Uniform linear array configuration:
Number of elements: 16
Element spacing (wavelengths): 0.5
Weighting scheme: uniform
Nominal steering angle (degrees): -45
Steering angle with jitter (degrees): -45.654
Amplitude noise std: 0.05
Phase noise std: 0.05

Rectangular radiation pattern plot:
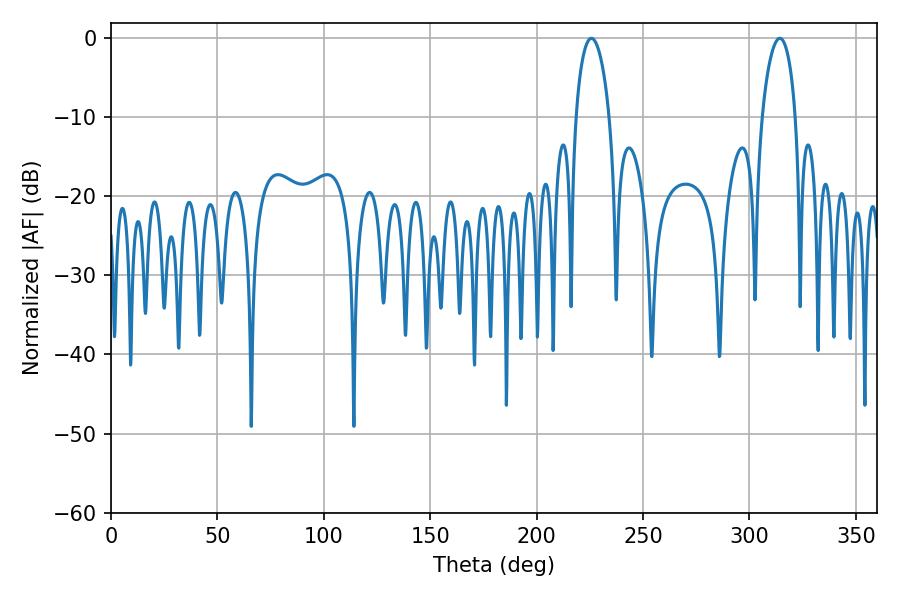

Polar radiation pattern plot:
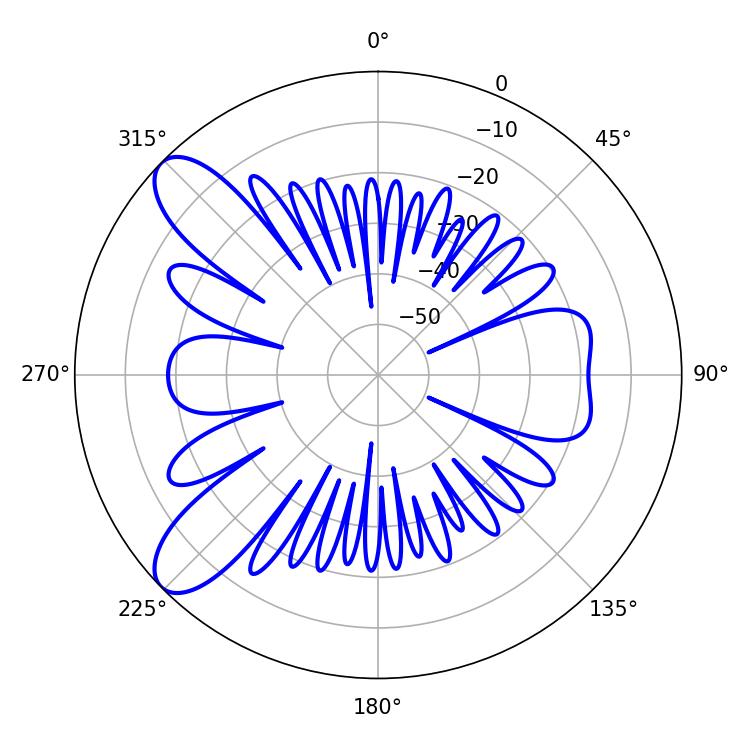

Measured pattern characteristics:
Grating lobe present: FALSE
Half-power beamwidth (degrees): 9
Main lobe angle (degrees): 225.72